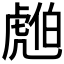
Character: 𧇚